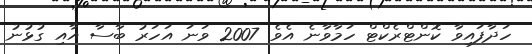
ހަދާފައިވާ ކޮންޓްރެކްޓް ހަމާވާނެ އެވެ. 2007 ވަނަ އަހަރު ބާސާ އާއި ގުޅުނު